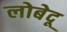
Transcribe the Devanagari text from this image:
लोबेदू